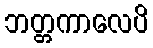
ဘတ္တကာလေပိ